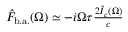
\begin{array} { r } { \hat { F } _ { \mathrm { b . a . } } ( \Omega ) \simeq - i \Omega \tau \frac { 2 \hat { I } _ { c } ( \Omega ) } { c } } \end{array}